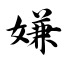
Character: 嫌